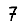
Digit: 7